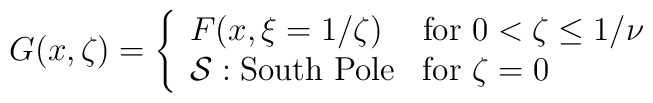
G(x ,\zeta )=\left \{ \begin{array}{ll}F(x,\xi =1/\zeta ) & \mbox{for $ 0<\zeta \leq 1/\nu $ } \\{\cal S}:\mbox{South Pole} & \mbox{for $ \zeta =0 $ }\end{array}\right.